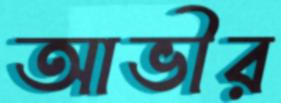
আভীর